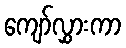
ကျော်လွှားကာ